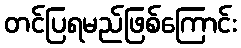
တင်ပြရမည်ဖြစ်ကြောင်း